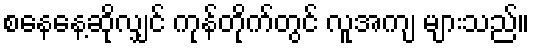
စနေနေ့ဆိုလျှင် ကုန်တိုက်တွင် လူအကျ များသည်။